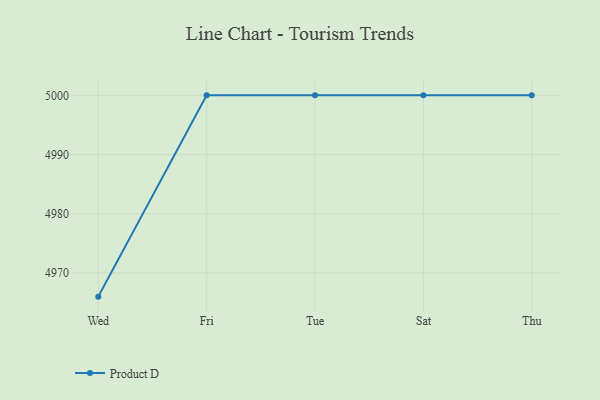
{"axis": {"x": "Day", "y": "Active Users"}, "legend": ["Product D"], "data": [{"x": "Wed", "y": 4966.0, "type": "Product D"}, {"x": "Fri", "y": 5000, "type": "Product D"}, {"x": "Tue", "y": 5000, "type": "Product D"}, {"x": "Sat", "y": 5000, "type": "Product D"}, {"x": "Thu", "y": 5000, "type": "Product D"}]}